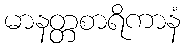
မာနတ္တစာရိကာနံ